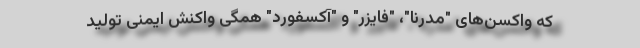
که واکسن‌های "مدرنا"، "فایزر" و "آکسفورد" همگی واکنش ایمنی تولید